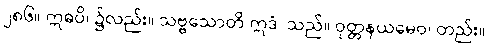
၂၈၆။ ဣဓပိ၊ ၌လည်း။ သဗ္ဗသောတိ ဣဒံ၊ သည်။ ဝုတ္တနယမေဝ၊ တည်း။